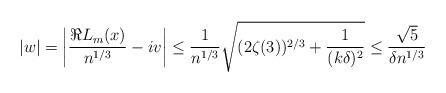
LaTeX: \begin{align*}|w| = \left| \frac{\Re L_m(x)}{ n^{1/3}} - iv \right| \leq\frac{1}{n^{1/3}} \sqrt{ (2 \zeta(3))^{2/3} + \frac{1}{ (k \delta)^2} }\leq \frac{ \sqrt{5}}{ \delta n^{1/3}} \end{align*}